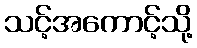
သင့်အကောင့်သို့